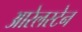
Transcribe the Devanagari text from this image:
आरेलस्टेन